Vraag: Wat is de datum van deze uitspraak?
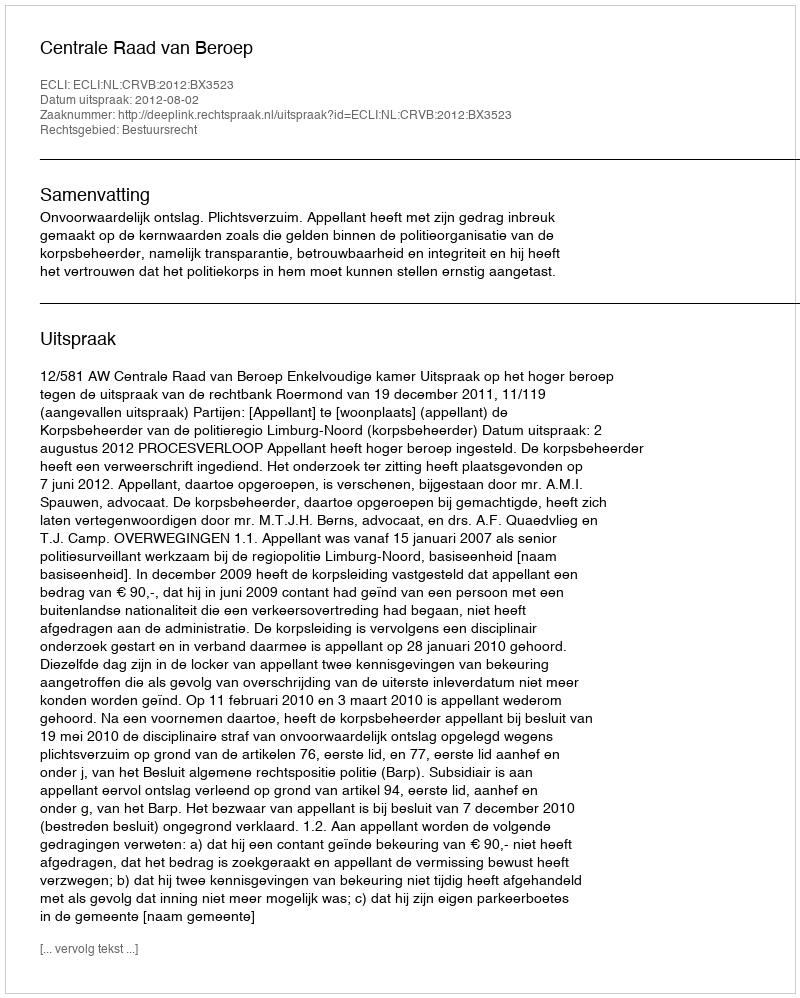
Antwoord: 2012-08-02